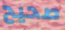
صحيح